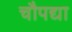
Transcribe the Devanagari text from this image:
चौपद्या